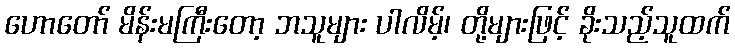
ဟောတော် မိန်းမကြီးတော့ ဘသူများ ပါလိမ့်၊ တို့များဖြင့် ခိုးသည့်သူထက်